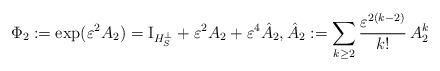
LaTeX: \begin{align*}\Phi_2:=\exp (\varepsilon^2 A_2)=\mathrm{I}_{H_S^{\perp}}+\varepsilon^2 A_2+\varepsilon^4 \hat{A}_2, \hat{A}_2:=\sum_{k\geq 2} \frac{\varepsilon^{2(k-2)}}{k!}\,A_2^k\end{align*}